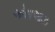
ઓસાઆઝ